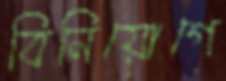
বিনিয়োগে